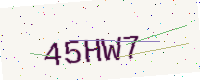
Text: 45HW7